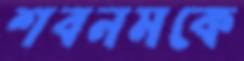
শবনমকে